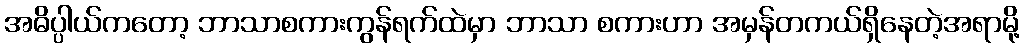
အဓိပ္ပါယ်ကတော့ ဘာသာစကားကွန်ရက်ထဲမှာ ဘာသာ စကားဟာ အမှန်တကယ်ရှိနေတဲ့အရာမို့